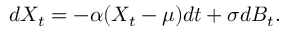
d X _ { t } = - \alpha ( X _ { t } - \mu ) d t + \sigma d B _ { t } .